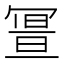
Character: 𠖚